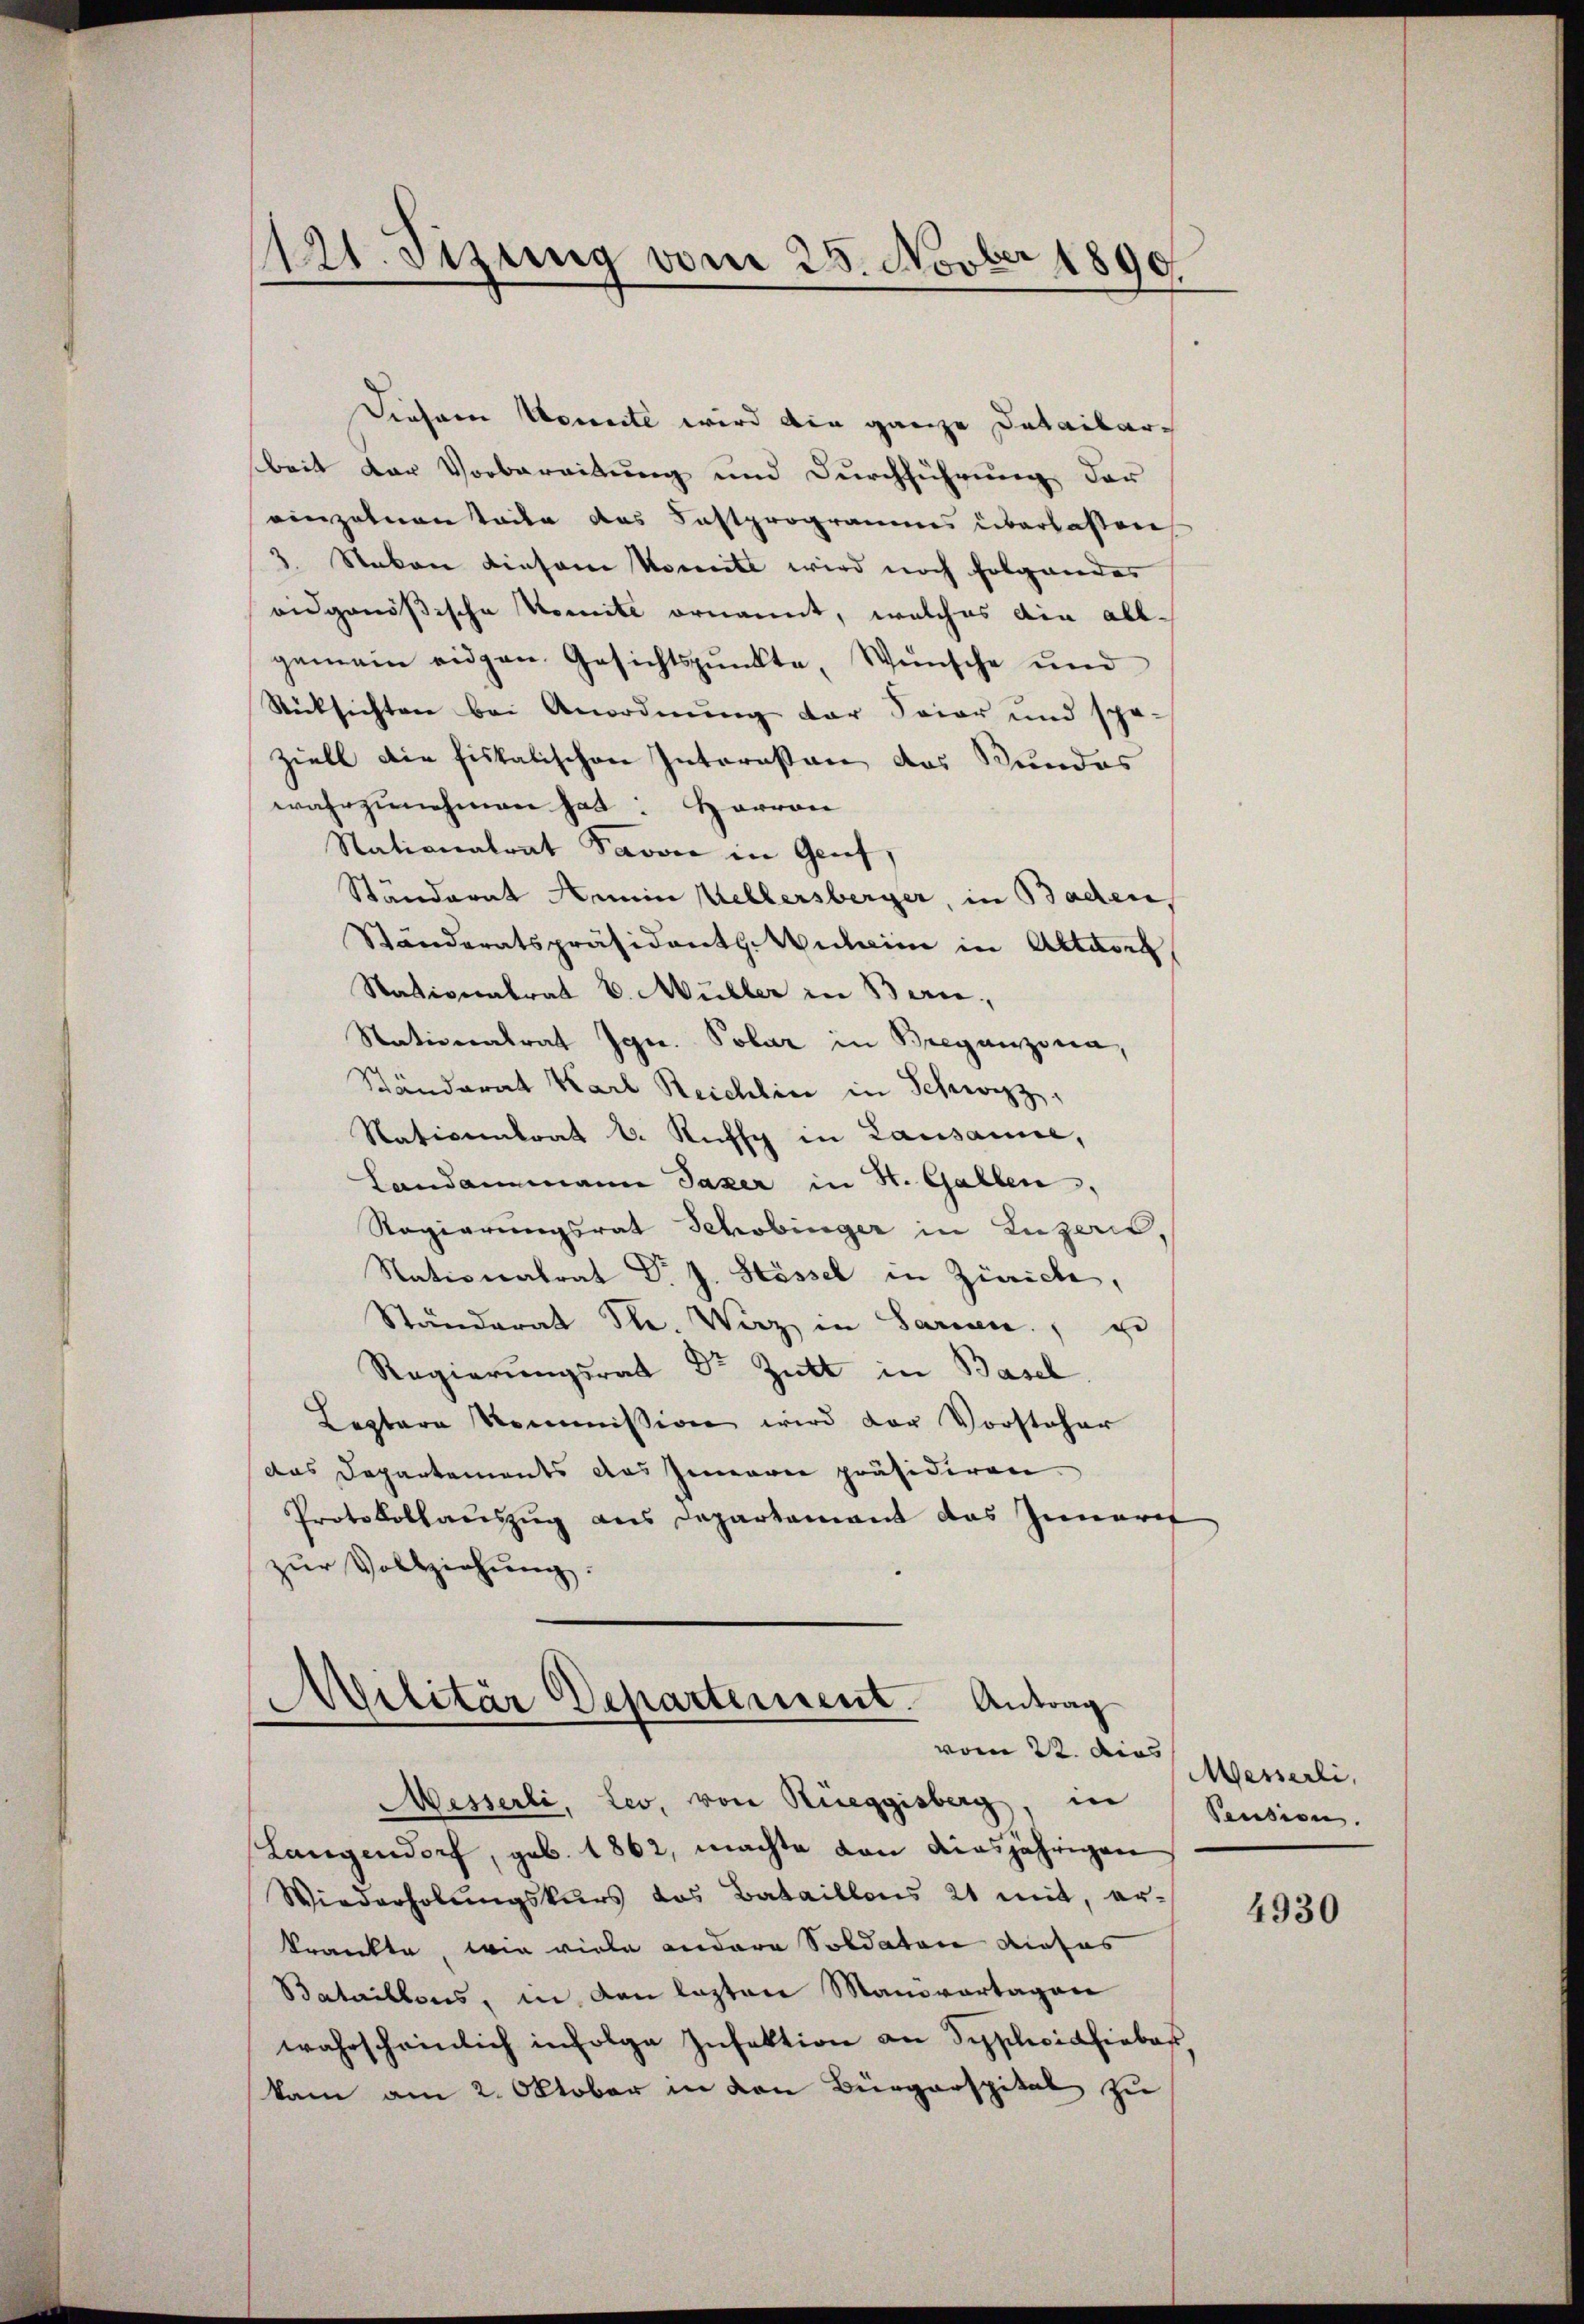
e
121. Jung vom 25. Nov. 1890.

Dieser Vereite wird die ganze Detailar-
beit der Vorbereitung und Durchführung der
einzelnen Teile das Fastprogrames überlassen
3. Stakon einsame Komite wird noch folgendes
eidgenößische Komite ornannt, welches die allgemein eidgen. Gesichtspunkte Wünsche und
Rücksichten bei Anordnung der Spier und spä-
ziell die fiskalischen Interessen das Bundes
wahrzunehmen hat: Harron
Nationalrat Davon in Genf,
Ständerat Aemin Kellersberger, in Baden,
Ständeratspräsident Anheim in Altare,
Nationalrat E. Müller in Bern
Nationalrat Jgne. Polar in Bregenzona,
Ständerat Karl Reichlin in Schwyz,
Nationalrat v. Riffe in Lausanne,
Landammann Jazer in St. Gallen,
Ragierungsrat Schobinger in Luzern,
Nationalrat Dr J. Hössel in Zürich,
Ständerat Sr. Wirz in Sarnen, u
Regierŭngsrat Dr Zelt in Basel
Leptere Kommission wird der Vorsteher
das Departements das Innerer präsidiren.
Protokollauszug aus Departement das Inneret
zŭr Vollziehung.

Militär Departement. Antrag
vom 22. das

Messerli, Leo, von Rüeggisberg in
Langendorf, geb. 1862, machte von diesjährigen
Wiederholungskurs das Bataillons 21 mit, er-
krankte, wie viele andere Soldaten dieses
Bataillons, in den lasten Manövartagen
wahrscheinlich infolge Infektion an Syplicidhiebes
kam am 2. Oktober in von Bürgerspital zu

Messerli,
Pension.

4930